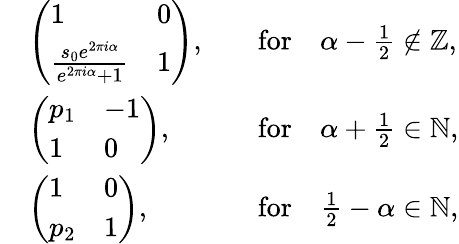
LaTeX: \begin{array}{rlrl}&{\left(\begin{array}{ll}{1}&{0}\\ {\frac{s_{0}e^{2\pi i\alpha}}{e^{2\pi i\alpha}+1}}&{1}\end{array}\right),}&&{\mathrm{for}\quad\alpha-\frac{1}{2}\notin\mathbb{Z},}\\ &{\left(\begin{array}{ll}{p_{1}}&{-1}\\ {1}&{0}\end{array}\right),}&&{\mathrm{for}\quad\alpha+\frac{1}{2}\in\mathbb{N},}\\ &{\left(\begin{array}{ll}{1}&{0}\\ {p_{2}}&{1}\end{array}\right),}&&{\mathrm{for}\quad\frac{1}{2}-\alpha\in\mathbb{N},}\end{array}